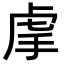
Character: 𧆠